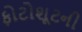
ફોટોશૂટની